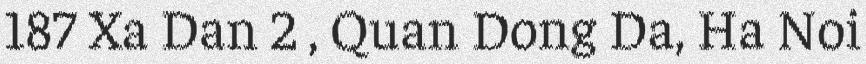
187 Xa Dan 2 , Quan Dong Da, Ha Noi